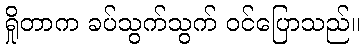
ရှိုတာက ခပ်သွက်သွက် ဝင်ပြောသည်။